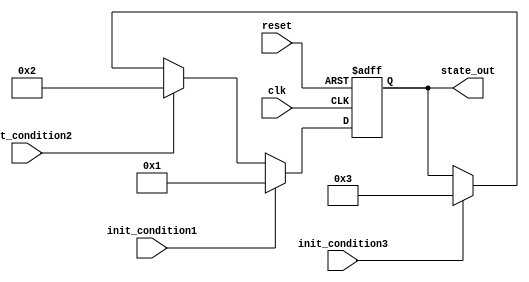
module ConditionalInitialization (
    input wire clk,               // Clock signal
    input wire reset,             // Reset signal
    input wire init_condition1,   // Initialization condition 1
    input wire init_condition2,   // Initialization condition 2
    input wire init_condition3,   // Initialization condition 3
    output reg [7:0] state_out    // Output state
);

// Internal registers for state holding
reg [7:0] state;

// Initialization logic
always @(posedge clk or posedge reset) begin
    if (reset) begin
        // Reset state to a known value
        state <= 8'b00000000;
    end else begin
        // Conditional initialization based on input conditions
        if (init_condition1) begin
            state <= 8'b00000001; // Initialize state for condition 1
        end else if (init_condition2) begin
            state <= 8'b00000010; // Initialize state for condition 2
        end else if (init_condition3) begin
            state <= 8'b00000011; // Initialize state for condition 3
        end else begin
            // Maintain current state if no conditions are met
            state <= state;
        end
    end
end

// Output logic
always @(*) begin
    state_out = state; // Update output based on the current state
end

endmodule